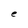
Character: e